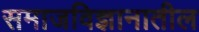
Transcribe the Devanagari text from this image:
समाजविज्ञानातील